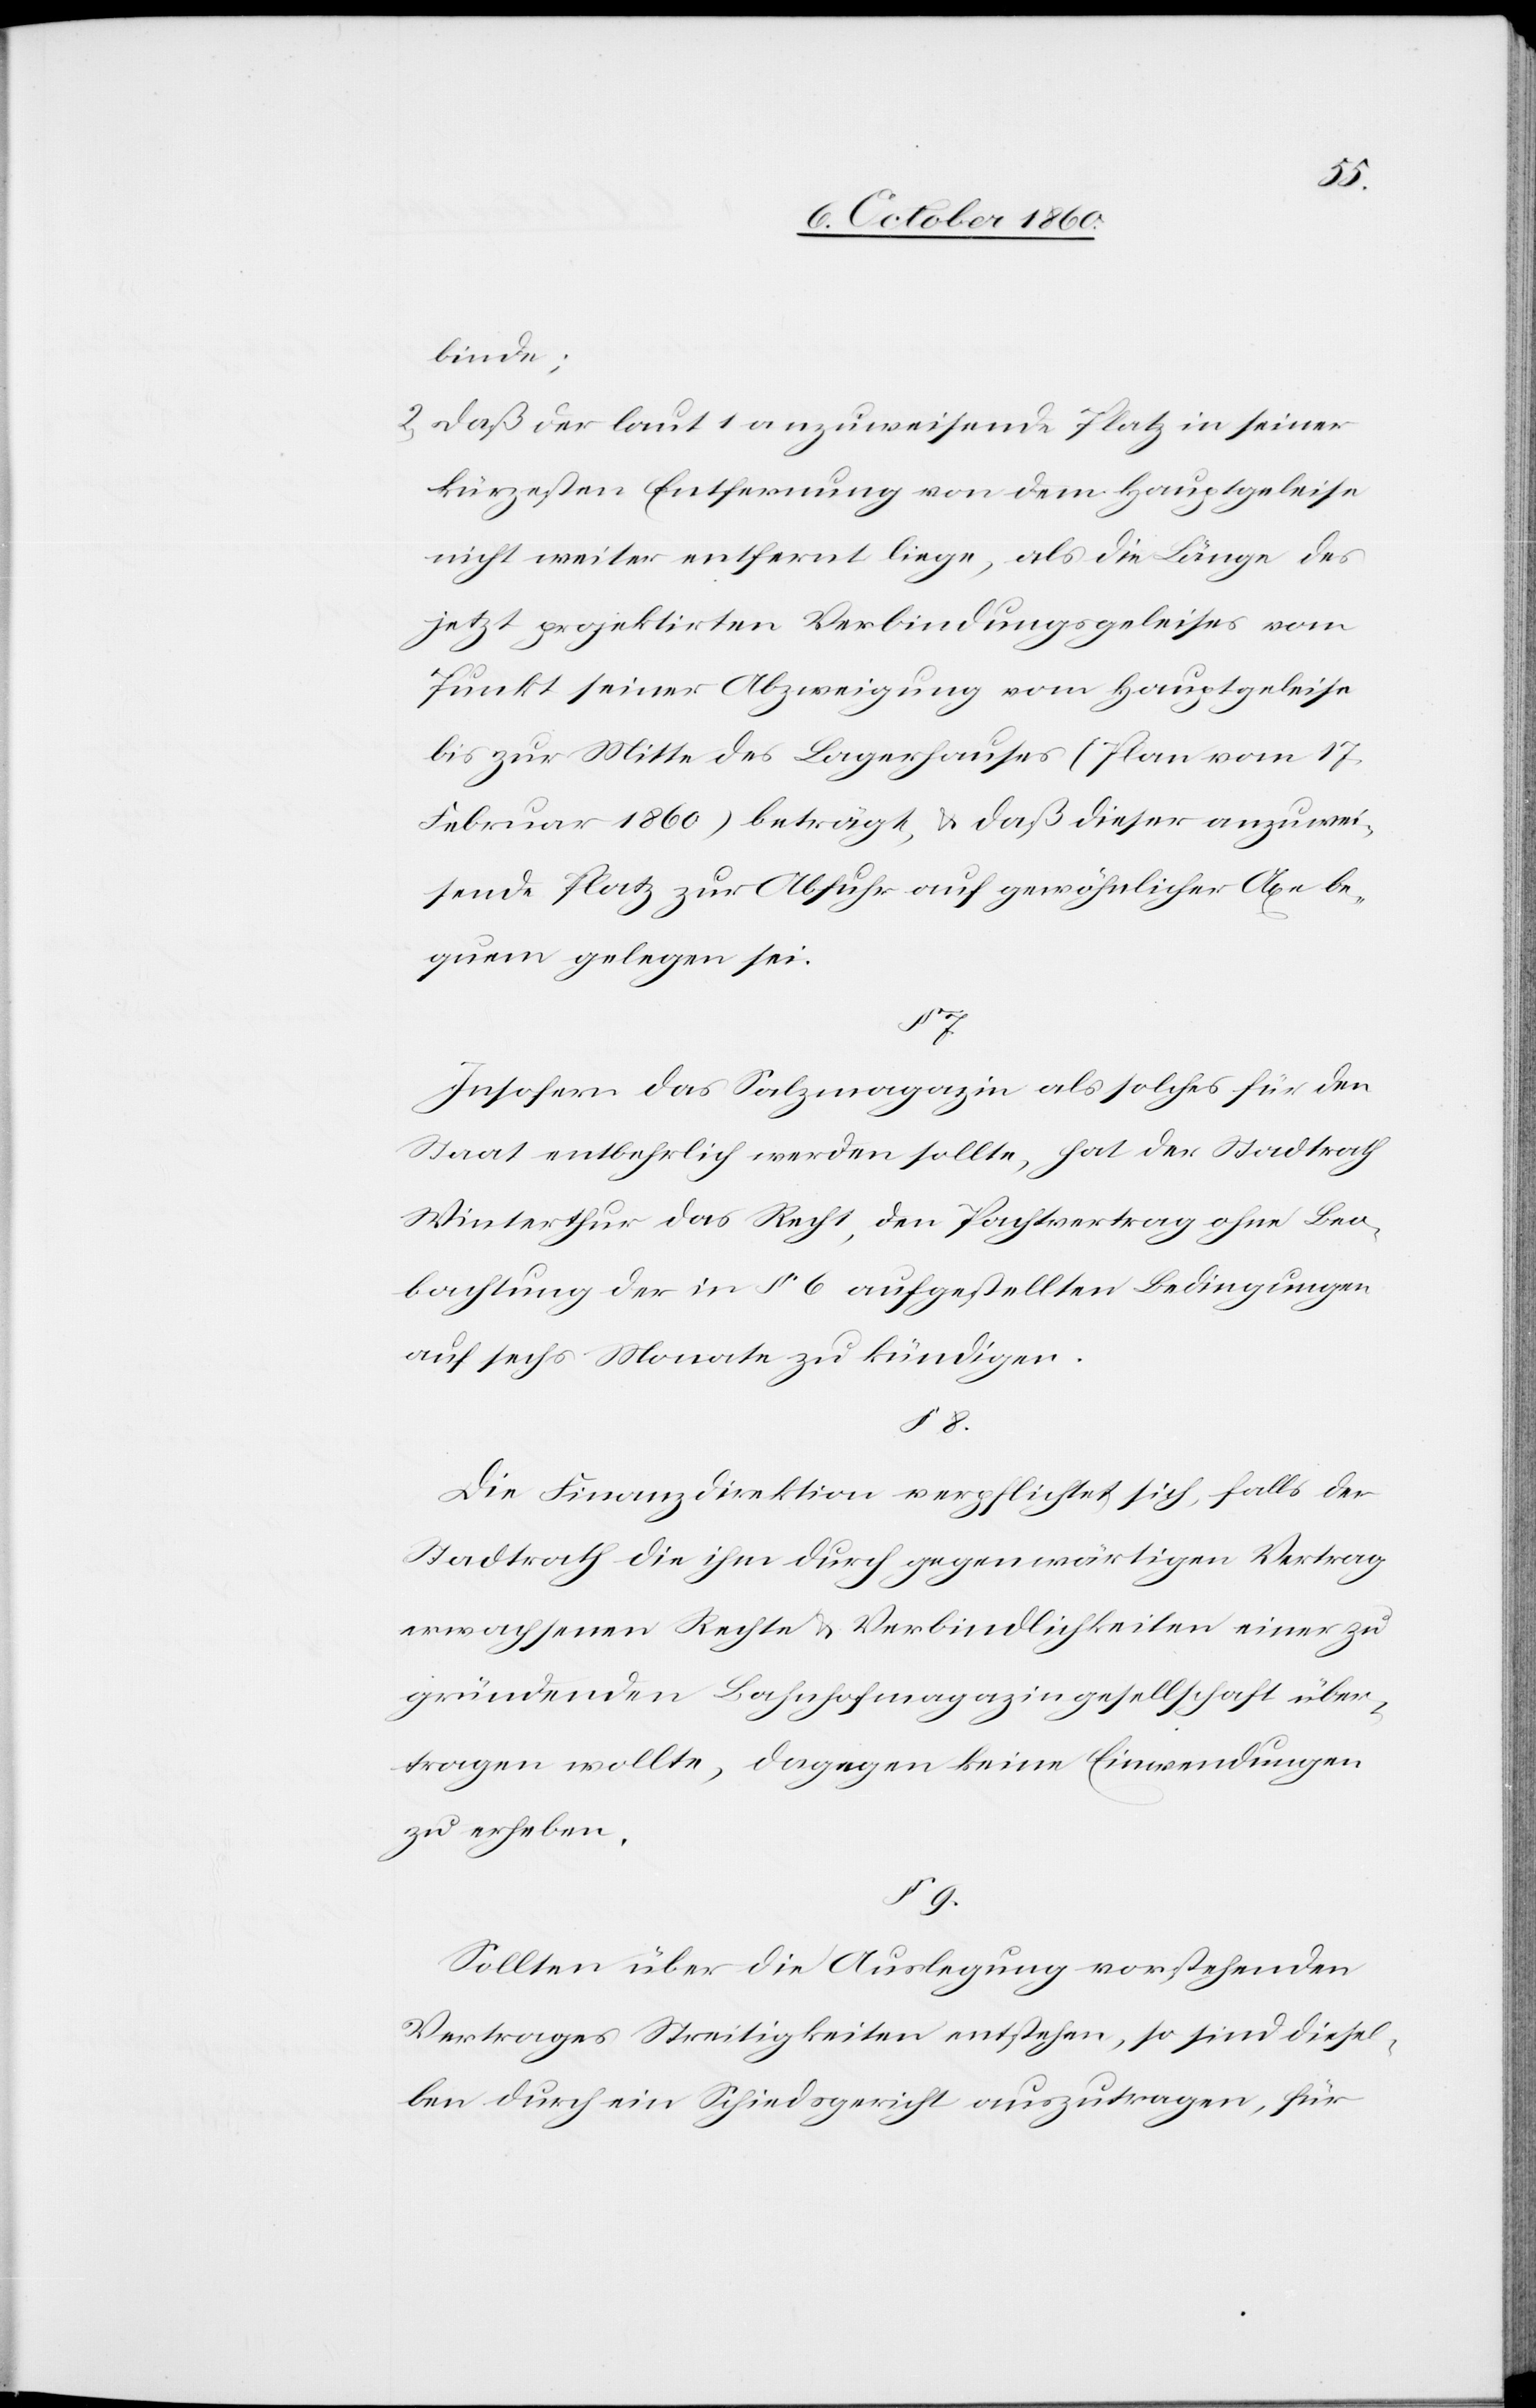
binde;
2. daß der laut 1 anzuweisende Platz in seiner
kürzesten Entfernung von dem Hauptgeleise
nicht weiter entfernt liege, als die Länge des
jetzt projektirten Verbindungsgeleises vom
Punkt seiner Abzweigung vom Hauptgeleise
bis zur Mitte des Lagerhauses (Plan vom 17.
Februar 1860) beträgt, u. daß dieser anzuwei¬
sende Platz zur Abfuhr auf gewöhnlicher Axe be¬
quem gelegen sei.
Insofern das Salzmagazin als solches für den
Staat entbehrlich werden sollte, hat der Stadtrath
Winterthur das Recht, den Pachtvertrag ohne Beo¬
bachtung der in § 6 aufgestellten Bedingungen
auf sechs Monate zu kündigen.
Die Finanzdirektion verpflichtet sich, falls der
Stadtrath die ihm durch gegenwärtigen Vertrag
erwachsenen Rechte u. Verbindlichkeiten einer zu
gründenden Bahnhofmagazingesellschaft über¬
tragen wollte, dagegen keine Einwendungen
zu erheben.
§ 9.
Sollten über die Auslegung vorstehenden
Vertrages Streitigkeiten entstehen, so sind diesel¬
ben durch ein Schiedsgericht auszutragen, für